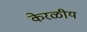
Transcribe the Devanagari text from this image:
केरळीय